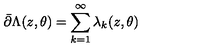
\bar { \partial } \Lambda ( z , \theta ) = \sum _ { k = 1 } ^ { \infty } \lambda _ { k } ( z , \theta )